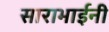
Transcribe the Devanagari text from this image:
साराभाईनी